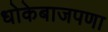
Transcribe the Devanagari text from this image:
धोकेबाजपणा